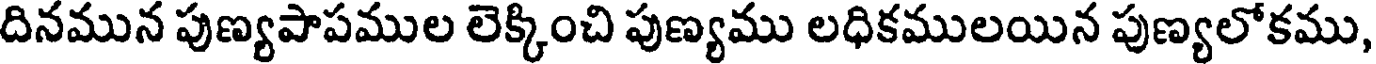
దినమున పుణ్యపాపముల లెక్కించి పుణ్యము లధికములయిన పుణ్యలోకము,